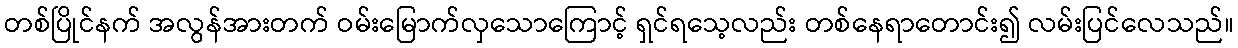
တစ်ပြိုင်နက် အလွန်အားတက် ဝမ်းမြောက်လှသောကြောင့် ရှင်ရသေ့လည်း တစ်နေရာတောင်း၍ လမ်းပြင်လေသည်။